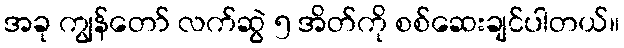
အခု ကျွန်တော် လက်ဆွဲ ၅ အိတ်ကို စစ်ဆေးချင်ပါတယ်။